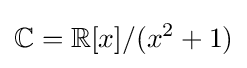
\mathbb {C} =\mathbb {R} [x]/(x^{2}+1)